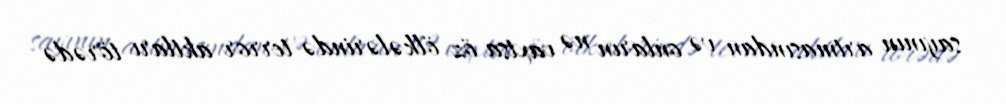
sayının artmasından və onların nə vaxtsa öz ölkələrində terror aktları törədə